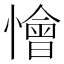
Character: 懀